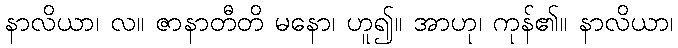
နာလိယာ၊ လ။ ဇာနာတီတိ မနော၊ ဟူ၍။ အာဟု၊ ကုန်၏။ နာလိယာ၊